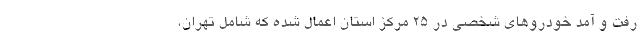
رفت و آمد خودروهای شخصی در ۲۵ مرکز استان اعمال شده که شامل تهران،